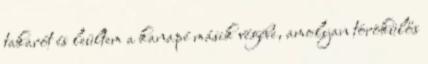
takarót és leültem a kanapé másik végébe, amolyan törökülős